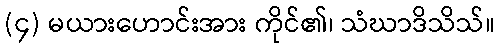
(၄) မယားဟောင်းအား ကိုင်၏၊ သံဃာဒိသိသ်။